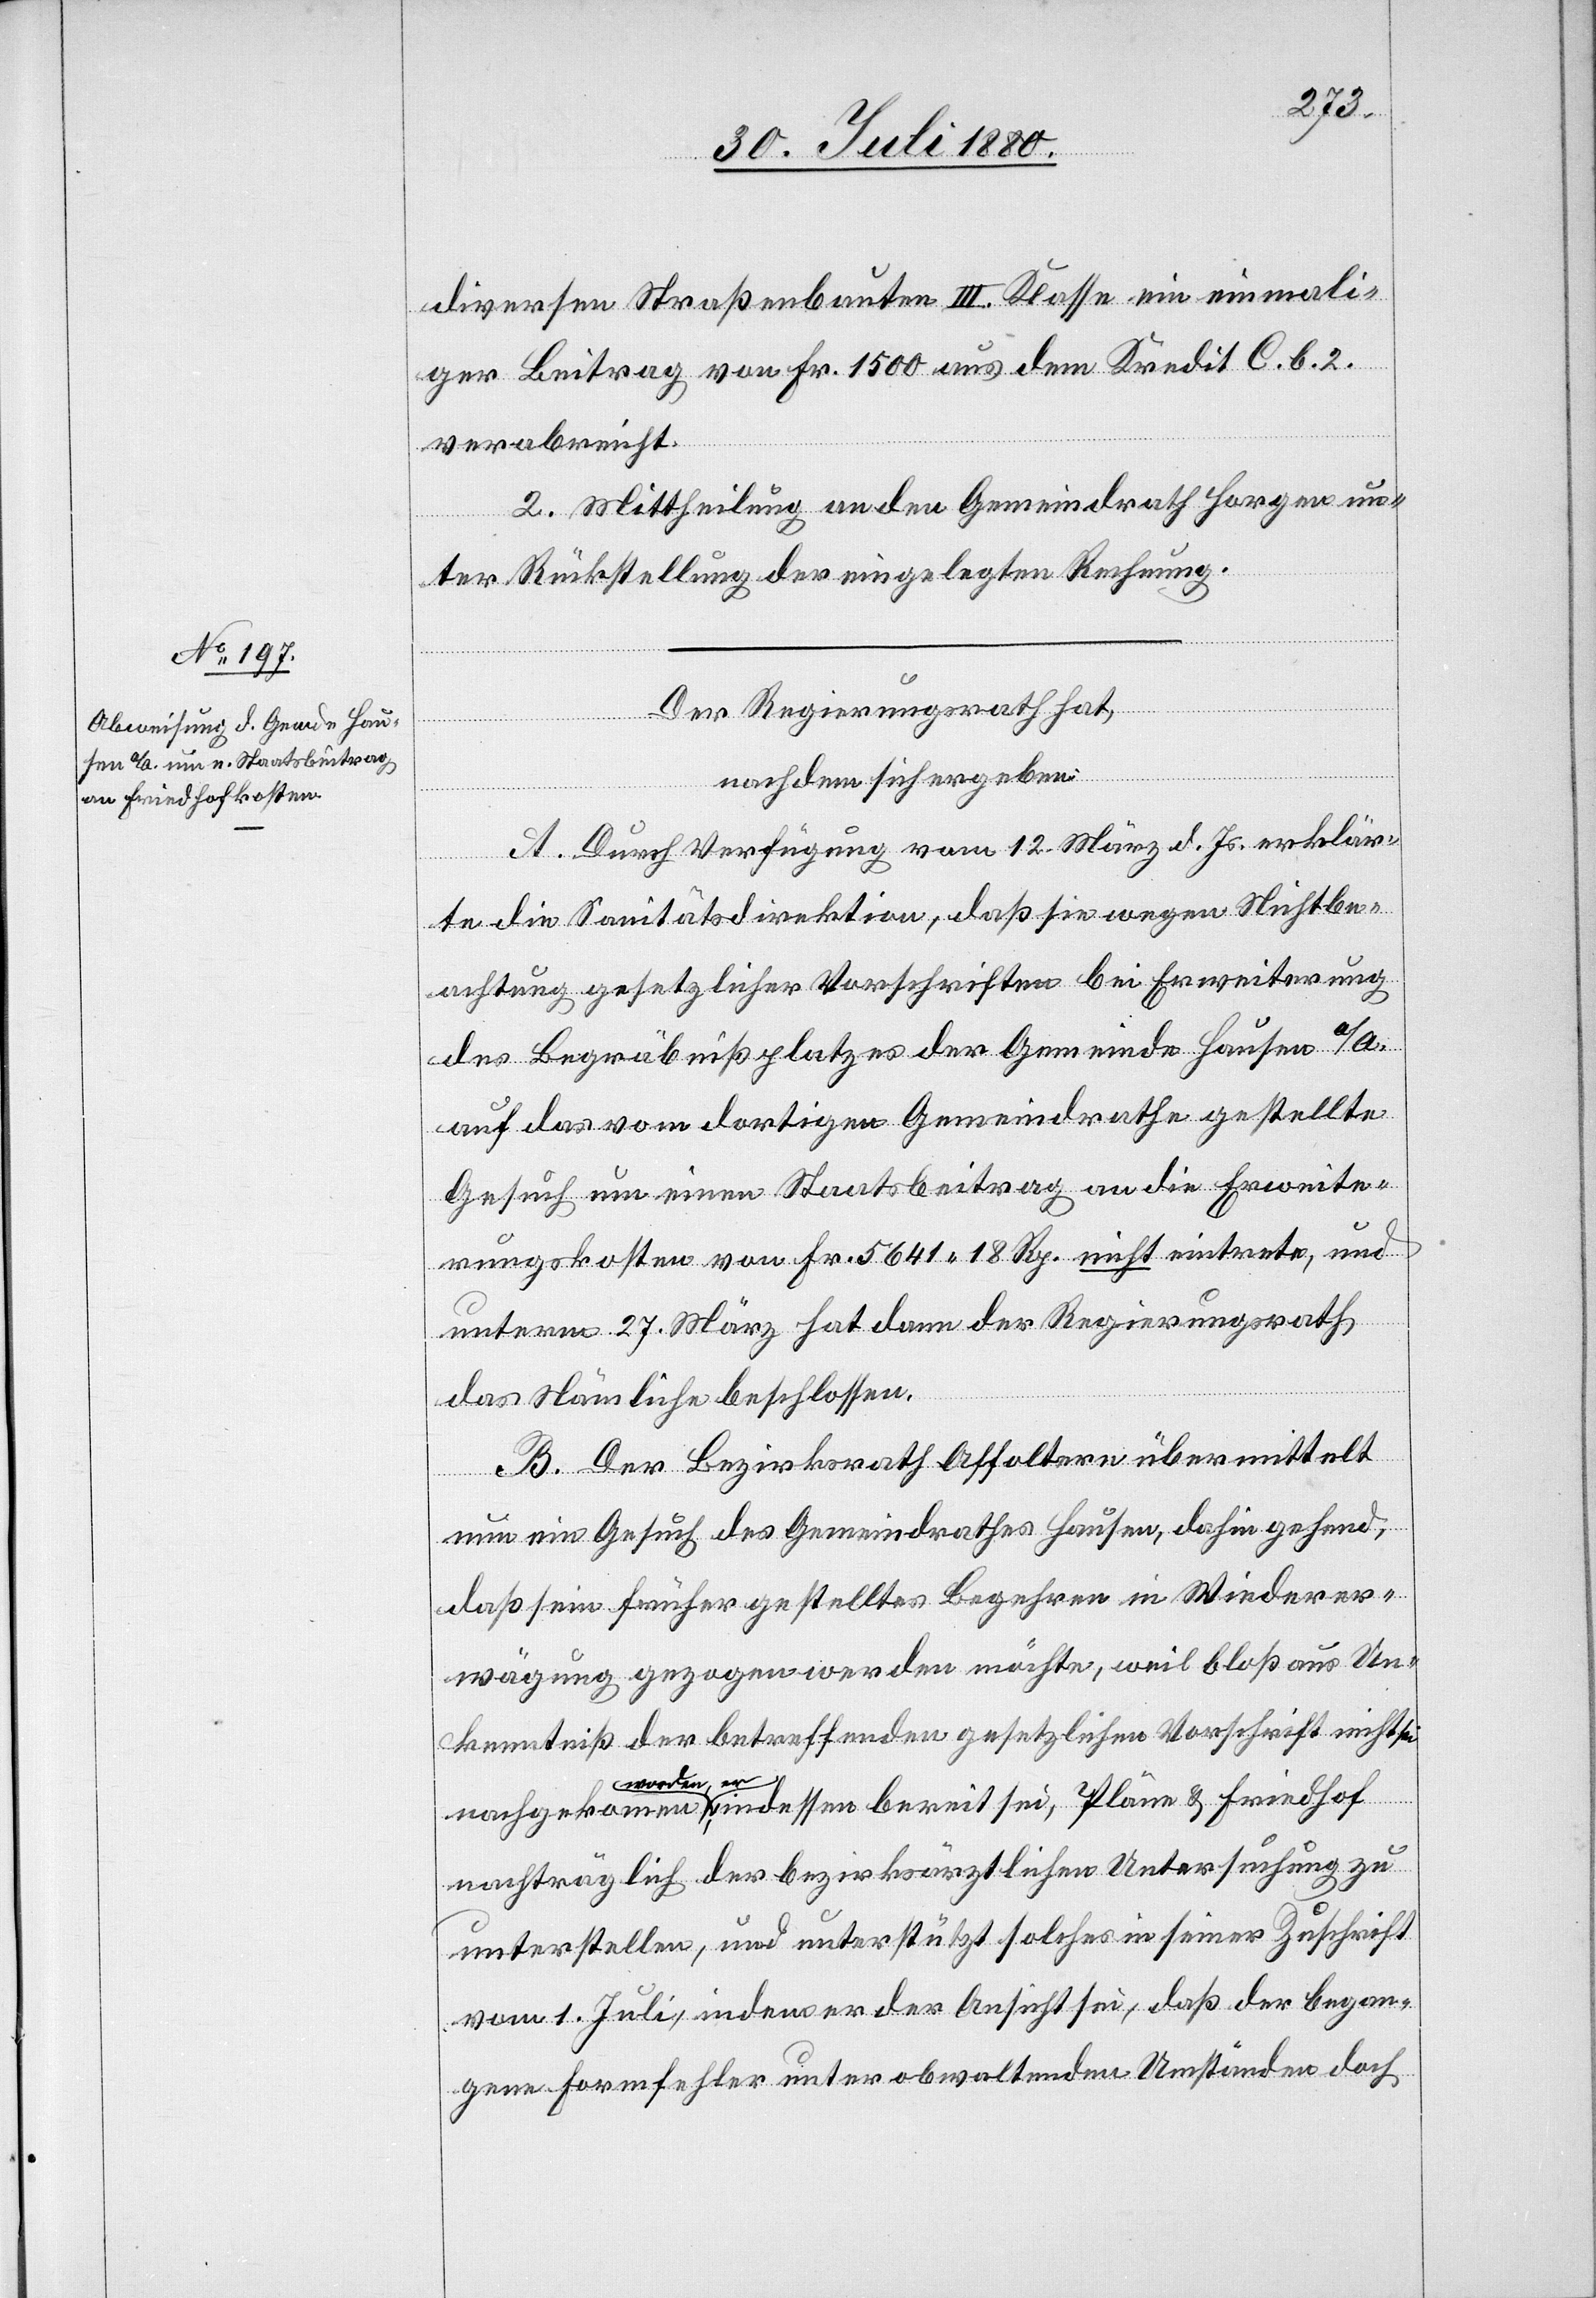
diversen Straßenbauten III. Klasse ein einmali¬
ger Beitrag von Fr. 1500 aus dem Kredit C. b. 2.
verabreicht.
2. Mittheilung an den Gemeindrath Horgen un¬
ter Rückstellung der eingelegten Rechnung.
Der Regierungsrath hat,
nachdem sich ergeben:
A. Durch Verfügung vom 12. März d. Js. erklär¬
te die Sanitätsdirektion, daß sie wegen Nichtbe¬
achtung gesetzlicher Vorschriften bei Erweiterung
des Begräbnißplatzes der Gemeinde Hausen a/A.
auf das vom dortigen Gemeindrath gestellte
Gesuch um einen Staatsbeitrag an die Erweite¬
rungskosten von Fr. 5641 18 Rp. nicht eintrete, und
unterm 27. März hat dann der Regierungsrath
das Nämliche beschlossen.
B. Der Bezirksrath Affoltern übermittelt
nun ein Gesuch des Gemeindrathes Hausen, dahin gehend
daß sein früher gestelltes Begehren in Wiederer¬
wägung gezogen werden möchte, weil bloß aus Un¬
kenntniß der betreffenden gesetzlichen Vorschriften nicht sei
eit
sei,
nachträglich der bezirksärztlichen Untersuchung zu
unterstellen, und unterstützt solches in seiner Zuschrift
vom 1. Juli, indem er der Ansicht sei, daß der began¬
gene Formfehler unter obwaltenden Umständen doch